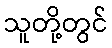
သူတို့တွင်